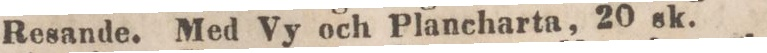
Resande. Med Vy och Plancharta, 20 sk.